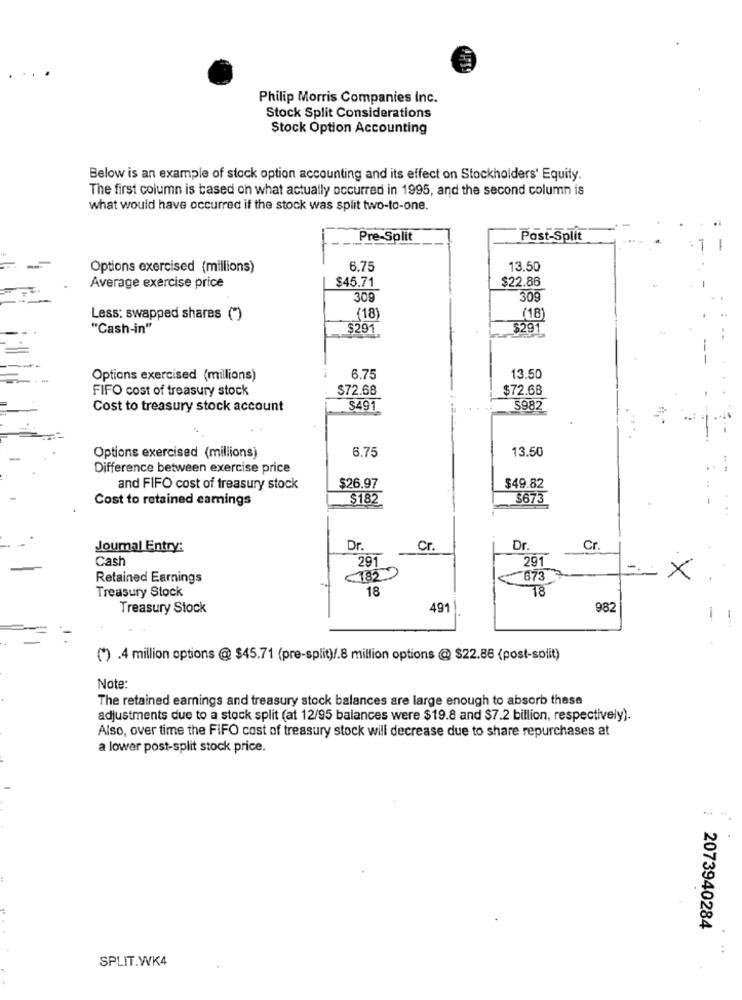
Philip Morris Companies Inc.
Stock Split Considerations
Stock Option Accounting
Below is an example of stock option accounting and its effect on Stockholders' Equity.
The first column is based on what actually occurred in 1995, and the second column is
what would have occurred if the stock was split two-to-one.
Pre-Split
Post-Split
Options exercised (millions)
6.75
13.50
$45.71
$22.86
Average exercise price
309
309
Less: swapped shares (*)
(18)
(18)
"Cash-in"
$291
$291
Options exercised (millions)
6.75
13.50
FIFO cost of treasury stock
$72.68
$72.68
Cost to treasury stock account
$491
S982
6.75
13.50
Options exercised (millions)
Difference between exercise price
and FIFO cost of treasury stock
$26.97
$49.82
Cost to retained eamings
$182
3673
Joumal Entry:
Dr.
cr.
Dr.
Cr.
Cash
291
291
X
Retained Earnings
182
673
Treasury Stock
18
18
Treasury Stock
491
982
(*) .4 million options @ $45.71 (pre-split)/.8 million options @ $22.86 {post-split)
Note:
The retained earnings and treasury stock balances are large enough to absorb these
adjustments due to a stock split (at 12/95 balances were $19.8 and $7.2 billion, respectively).
Also, over time the FIFO cost of treasury stock will decrease due to share repurchases at
a lower post-split stock price.
2073940284
SPLIT.WK4